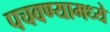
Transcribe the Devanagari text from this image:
पचवण्यामध्ये